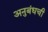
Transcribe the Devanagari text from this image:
अनुबंधची